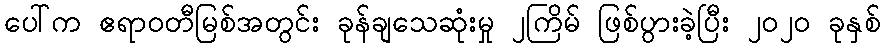
ပေါ်က ဧရာဝတီမြစ်အတွင်း ခုန်ချသေဆုံးမှု ၂ကြိမ် ဖြစ်ပွားခဲ့ပြီး ၂၀၂၀ ခုနှစ်